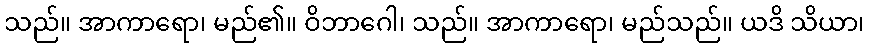
သည်။ အာကာရော၊ မည်၏။ ဝိဘာဂေါ၊ သည်။ အာကာရော၊ မည်သည်။ ယဒိ သိယာ၊